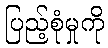
ပြည့်စုံမှုကို